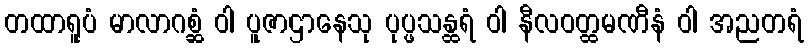
တထာရူပံ မာလာဂစ္ဆံ ဝါ ပူဇာဌာနေသု ပုပ္ဖသန္ထရံ ဝါ နီလဝတ္ထမဏီနံ ဝါ အညတရံ